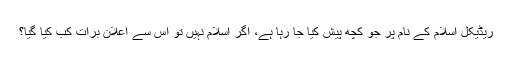
ریڈیکل اسلام کے نام پر جو کچھ پیش کیا جا رہا ہے، اگر اسلام نہیں تو اس سے اعلانِ برات کب کیا گیا؟